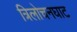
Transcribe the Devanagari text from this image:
त्रिलोचनघाट